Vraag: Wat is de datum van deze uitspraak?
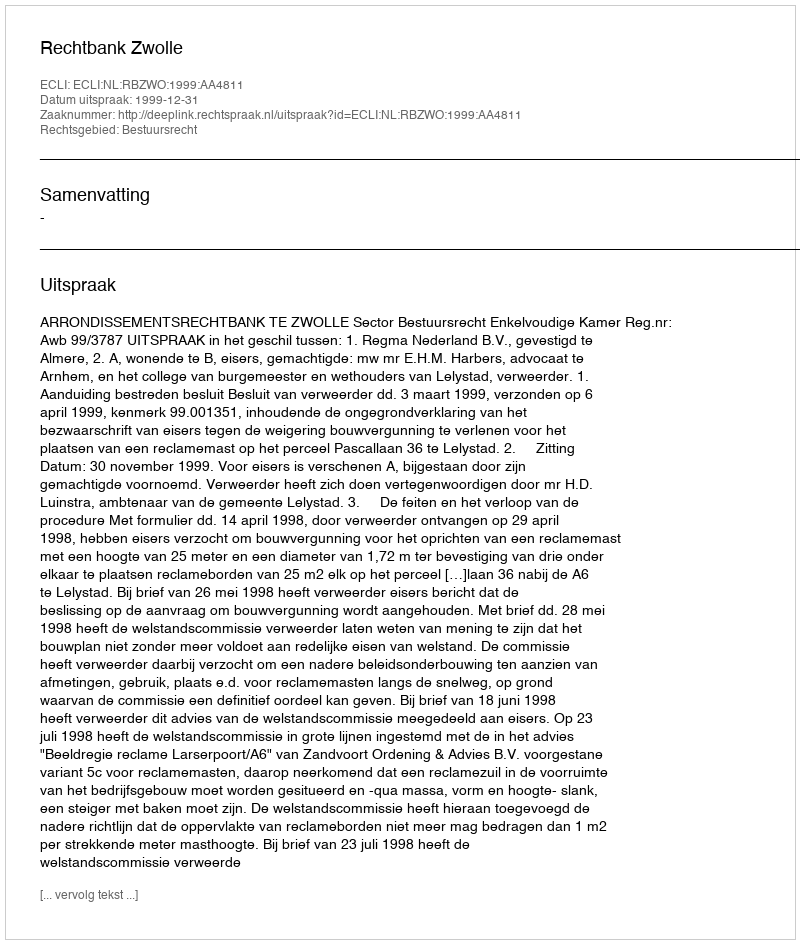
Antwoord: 1999-12-31